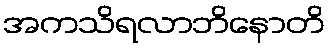
အကသိရလာဘိနောတိ